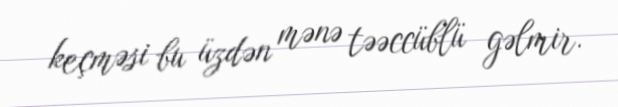
keçməsi bu üzdən mənə təəccüblü gəlmir.